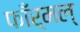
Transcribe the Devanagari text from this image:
फाँर्मल्